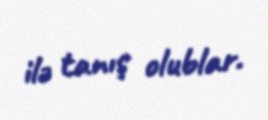
ilə tanış olublar.